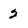
Character: 2